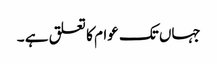
جہاں تک عوام کا تعلق ہے ۔